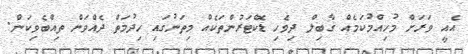
އެއީ ވަރަށް މުހިއްމުކަމެއް ގާބިލް ދިވެހި ޑޮކްޓަރުންތަކެއް މިތަނުގައި ހިދުމަތް ދެއްވަން ތިއްބެވިކަން.